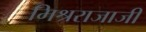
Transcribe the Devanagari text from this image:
मिश्रराजाजी